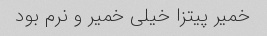
خمیر پیتزا خیلی خمیر و نرم بود